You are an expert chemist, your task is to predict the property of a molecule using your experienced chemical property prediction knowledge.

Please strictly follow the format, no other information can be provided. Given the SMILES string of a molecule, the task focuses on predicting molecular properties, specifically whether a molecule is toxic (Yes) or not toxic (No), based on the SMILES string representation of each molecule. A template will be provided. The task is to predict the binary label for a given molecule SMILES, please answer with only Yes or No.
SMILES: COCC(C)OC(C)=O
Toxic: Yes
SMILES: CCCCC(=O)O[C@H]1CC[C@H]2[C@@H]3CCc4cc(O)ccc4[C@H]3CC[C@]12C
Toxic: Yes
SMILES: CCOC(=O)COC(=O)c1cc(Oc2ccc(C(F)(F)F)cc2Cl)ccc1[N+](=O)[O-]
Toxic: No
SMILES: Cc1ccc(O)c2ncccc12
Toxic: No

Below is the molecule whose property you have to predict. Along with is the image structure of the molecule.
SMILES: O=C(OCCO)c1ccccc1O
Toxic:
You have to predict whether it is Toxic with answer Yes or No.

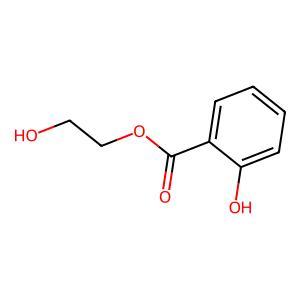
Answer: No